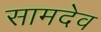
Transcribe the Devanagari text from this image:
सामदेव